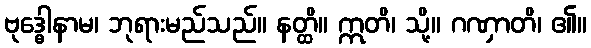
ဗုဒ္ဓေါနာမ၊ ဘုရားမည်သည်။ နတ္ထိ။ ဣတိ၊ သို့။ ဂဏှာတိ၊ ၏။